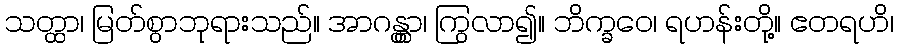
သတ္ထာ၊ မြတ်စွာဘုရားသည်။ အာဂန္တွာ၊ ကြွလာ၍။ ဘိက္ခဝေ၊ ရဟန်းတို့။ ဧတရဟိ၊